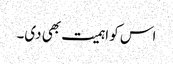
اس کو اہمیت بھی دی۔